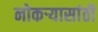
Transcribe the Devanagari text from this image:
नोकऱ्यासांठी